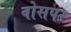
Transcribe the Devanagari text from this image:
वोसपर